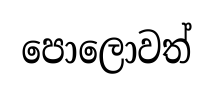
පොලොවත්